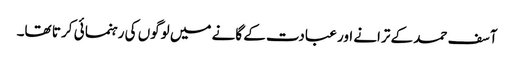
آسف حمد کے ترانے اور عبادت کے گانے میں لوگوں کی رہنما ئی کر تا تھا۔